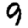
Digit: 9